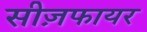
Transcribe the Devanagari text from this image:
सीज़फायर